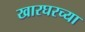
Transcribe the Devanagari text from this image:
खारघरच्या